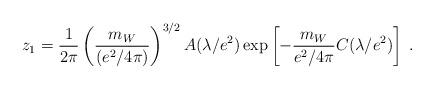
LaTeX: \begin{align*}z_1={1\over2\pi}\left({m_W\over (e^2/4\pi)}\right)^{3/2} A(\lambda/e^2)\exp\left[-{m_W\over e^2/4\pi}C(\lambda/e^2)\right]\;.\end{align*}